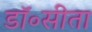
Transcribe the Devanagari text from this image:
डॉ॰सीता